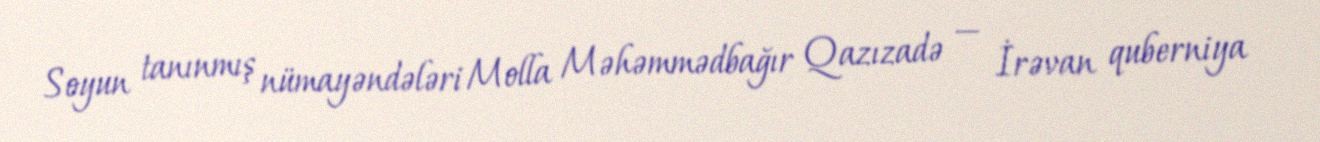
Soyun tanınmış nümayəndələri Molla Məhəmmədbağır Qazızadə — İrəvan quberniya